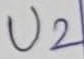
Text: U2